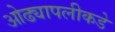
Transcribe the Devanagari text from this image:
ओढ्यापलीकडे